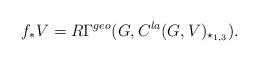
LaTeX: \begin{align*} f_*V = R\Gamma^{geo}(G, C^{la}(G,V)_{\star_{1,3}}). \end{align*}